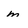
Character: m